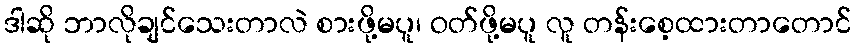
ဒါဆို ဘာလိုချင်သေးတာလဲ စားဖို့မပူ၊ ဝတ်ဖို့မပူ လူ တန်းစေ့ထားတာတောင်